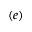
( e )